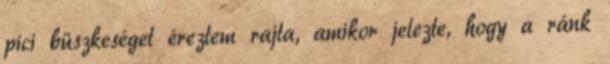
pici büszkeséget éreztem rajta, amikor jelezte, hogy a ránk